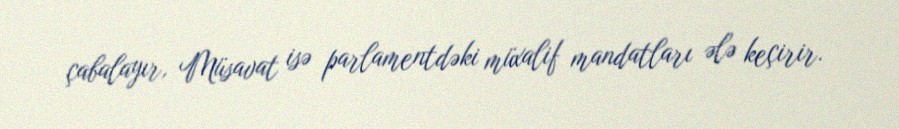
çabalayır, Müsavat isə parlamentdəki müxalif mandatları ələ keçirir.